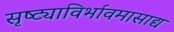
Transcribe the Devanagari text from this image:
सृष्ट्याविर्भावमासाद्य